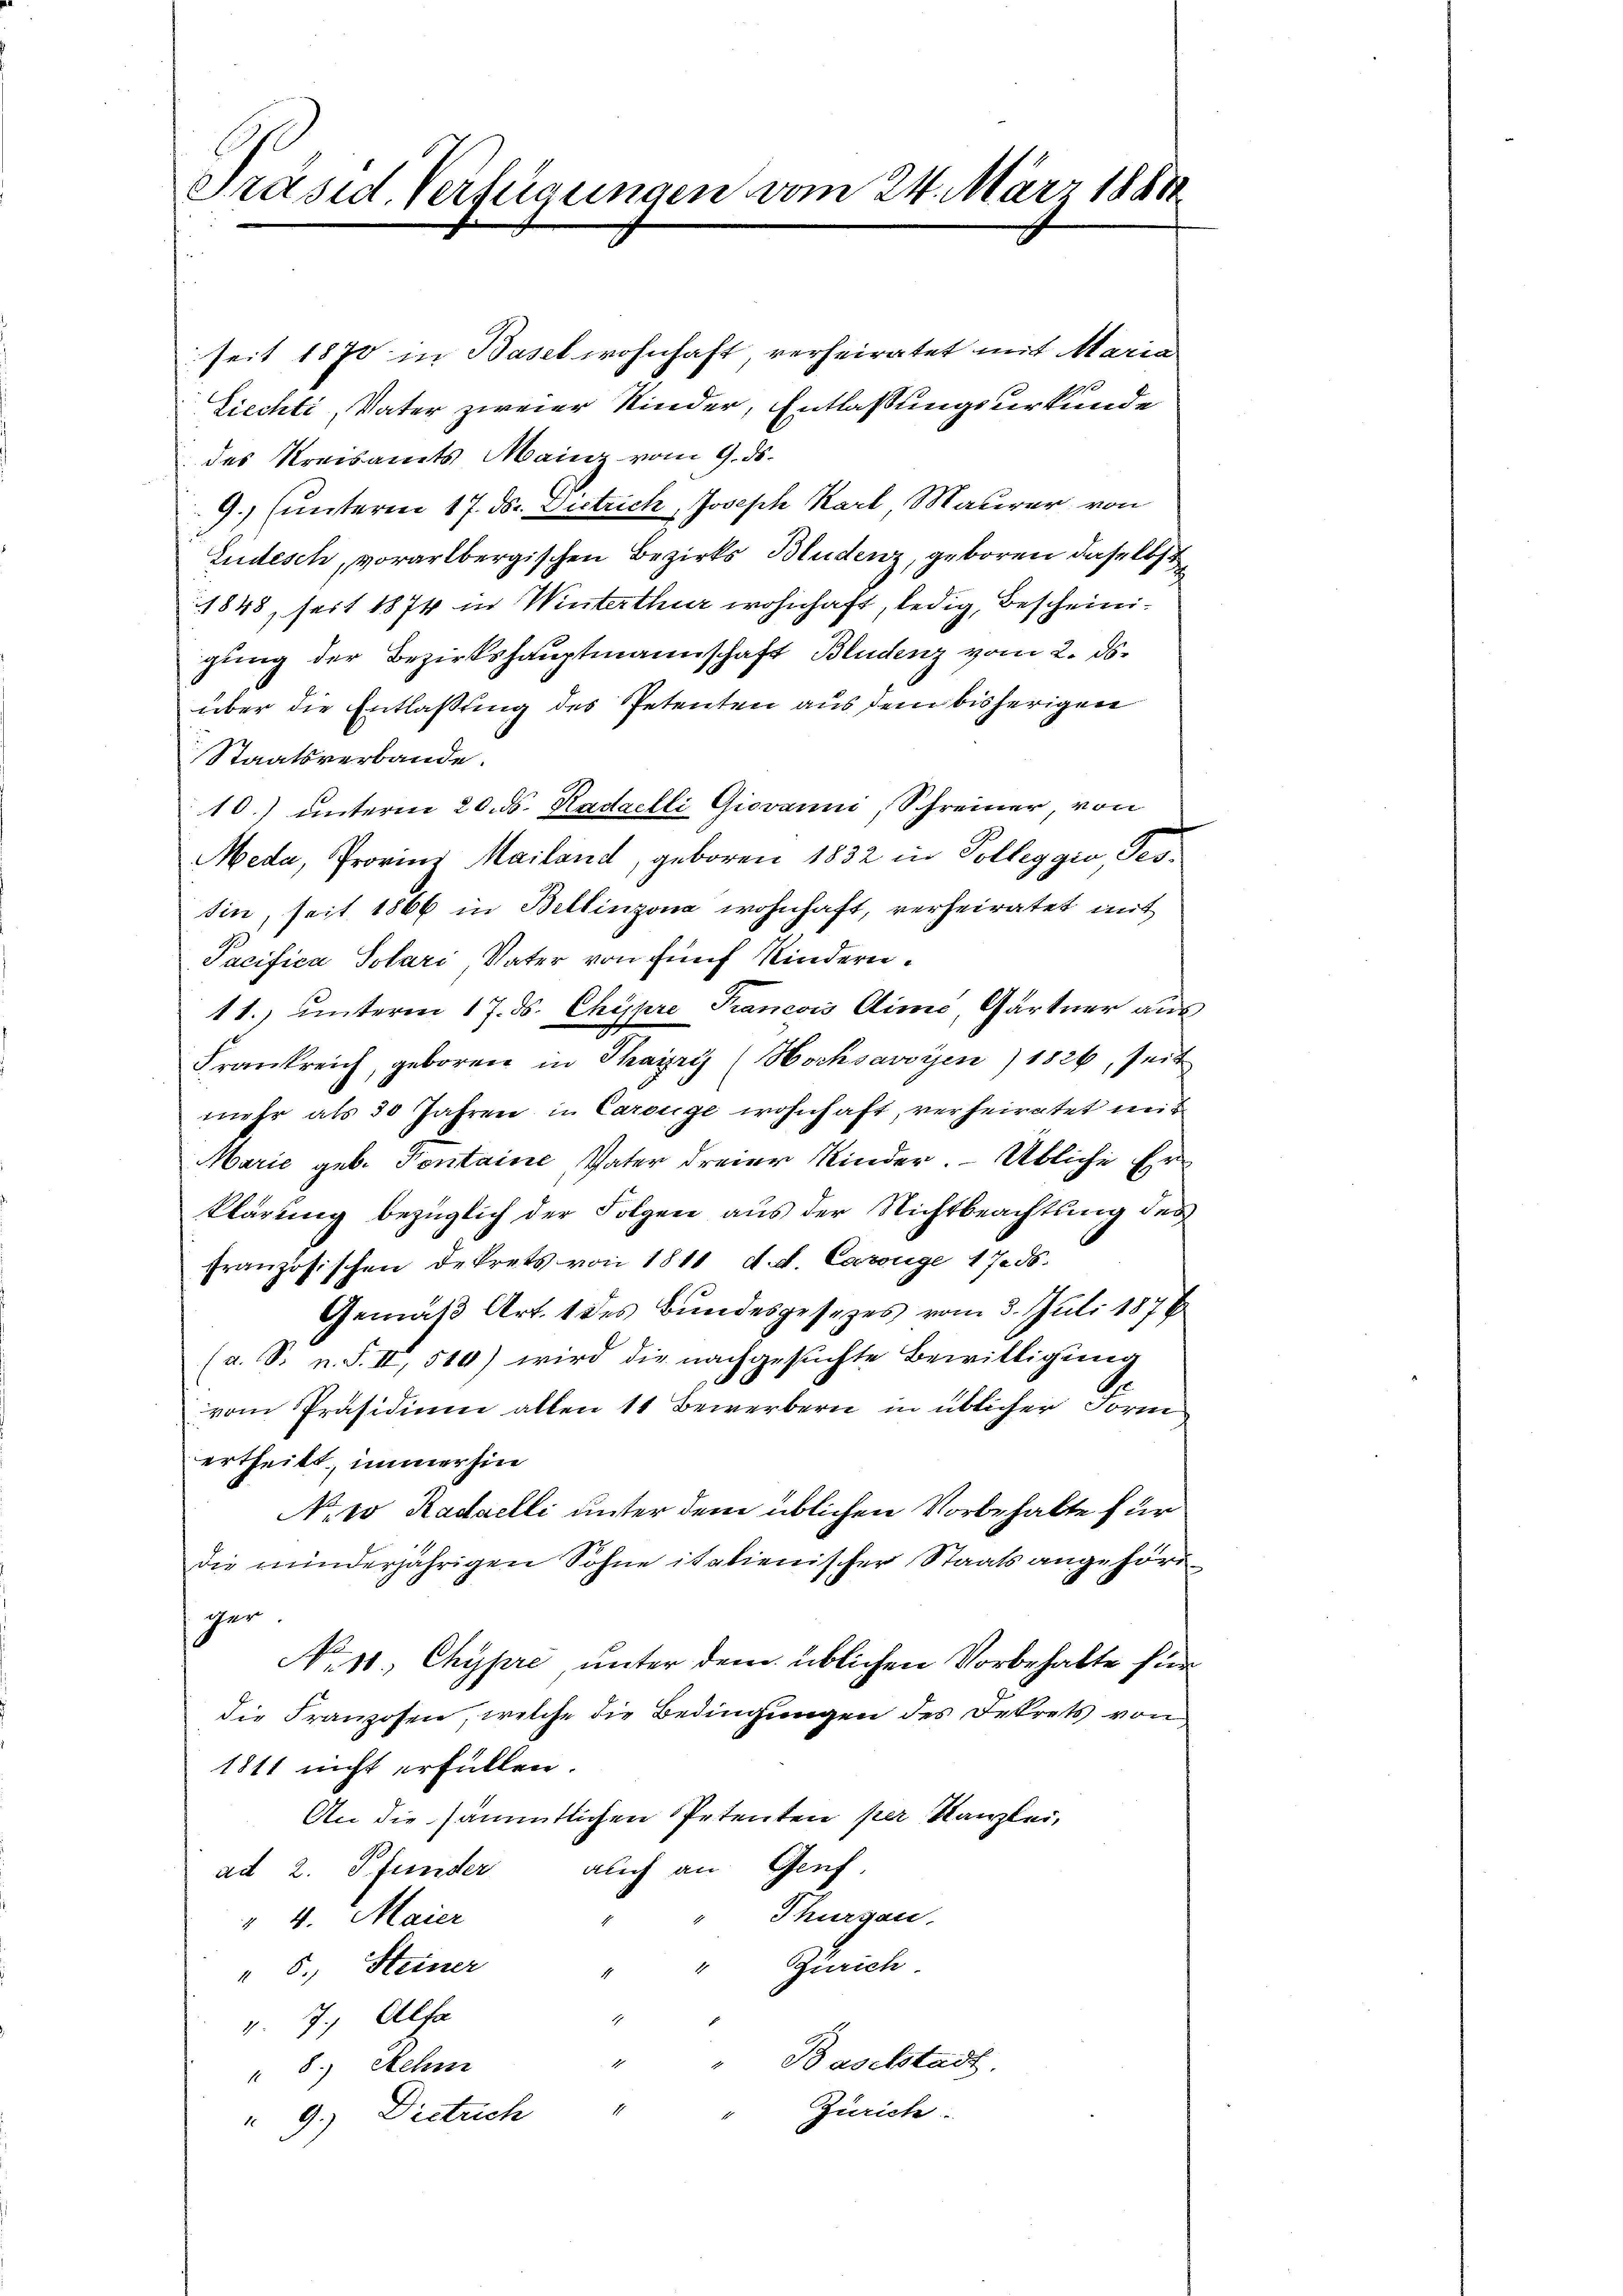
Präsid. Verfügungen vom 24. März 1881

seit 1870 in Basel wohnhaft verheiratet mit Maria
Siechti, Vater zweier Kinder, Entlassungsurkunde
des Kreisamts Mainz vom 9. ds.
9. (unteren 17. ds. Zutrich, Joseph Karl Maurer von
Ludesch, vorarlbergischen Bezirks Bludenz, geboren daselbst
1848, seit 1874 in Winterthur wohnhaft, ledig, Bescheinigung der Bezirkshauptmannschaft Bludenz vom 2. ds.
über die Entlaßung des Petenten aus dem bisherigen
Staatsverbande.
10.) unterm 20. ds. Kadaelli Giovani, Schreiner, von
Meda, Provinz Mailand, geboren 1832 in Polleggio Tes-
sin, seit 1866 in Bellinzona wohnhaft, verheiratet mit
Pacifica Solari Vater von fünf Kindern.
11.) unterm 17. ds. Chypre Francois Alime, Gärtner aus
Frankreich, geboren in Thayris (Hochsavoyen) 1826, seit
mehr als 30 Jahren in Carouge wohnhaft, verheiratet mit
Marie geb. Pontaine, Vater dreier Kinder. - Übliche Erklärung bezüglich der Folgen aus der Nichtbeachtung des
französischen Dekrets von 1811 d. d. Carouge 1786.
Gemäß Art. 1 des Bundesgesetzes vom 3. Juli 1876
(a. S. n. F. II, 510) wird die nachgesuchte Bewilligung
Se
vom Präsidium allen 11 Bewerbern in üblicher Form
ertheilt, immerhin
No. 20 Radaelli unter dem üblichen Vorbehalte für
die minderjährigen Sohne italienischer Staatsangehöriger.
No 11. Chypre, unter dem üblichen Vorbehalte fürdie Franzosen, welche die Bedingungen des Dekrets von
1811 nicht erfüllen.
An die sämmtlichen Petenten per Kanzlei,
ad 2. Pfunder auch an Genf.
Thurgau.
" 4. Maier
" Zürich.
" 5. Steiner
v. 7. Alfa
" Baselstadt,
8.) Sehn
Zürich.
4
9.) Dietrich